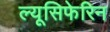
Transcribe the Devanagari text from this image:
ल्यूसिफेरिन